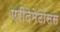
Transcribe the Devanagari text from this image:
एरीदेमेटोसस